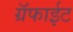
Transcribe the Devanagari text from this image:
ग्रॅफाईट